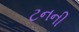
ટનની